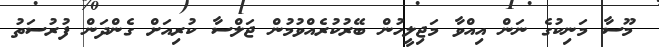
މޫސާ މަނިކުގެ ނަން އިއްވާ މަޖިލީހުން ބޭރުކުރެއްވުމުން ޖަލްސާ ކުރިއަށް ގެންދަން ފުރުސަތު